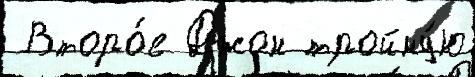
 Второ́е Джон тройну́ю